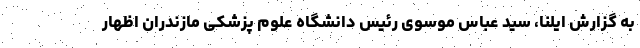
به گزارش ایلنا، سید عباس موسوی رئیس دانشگاه علوم پزشکی مازندران اظهار